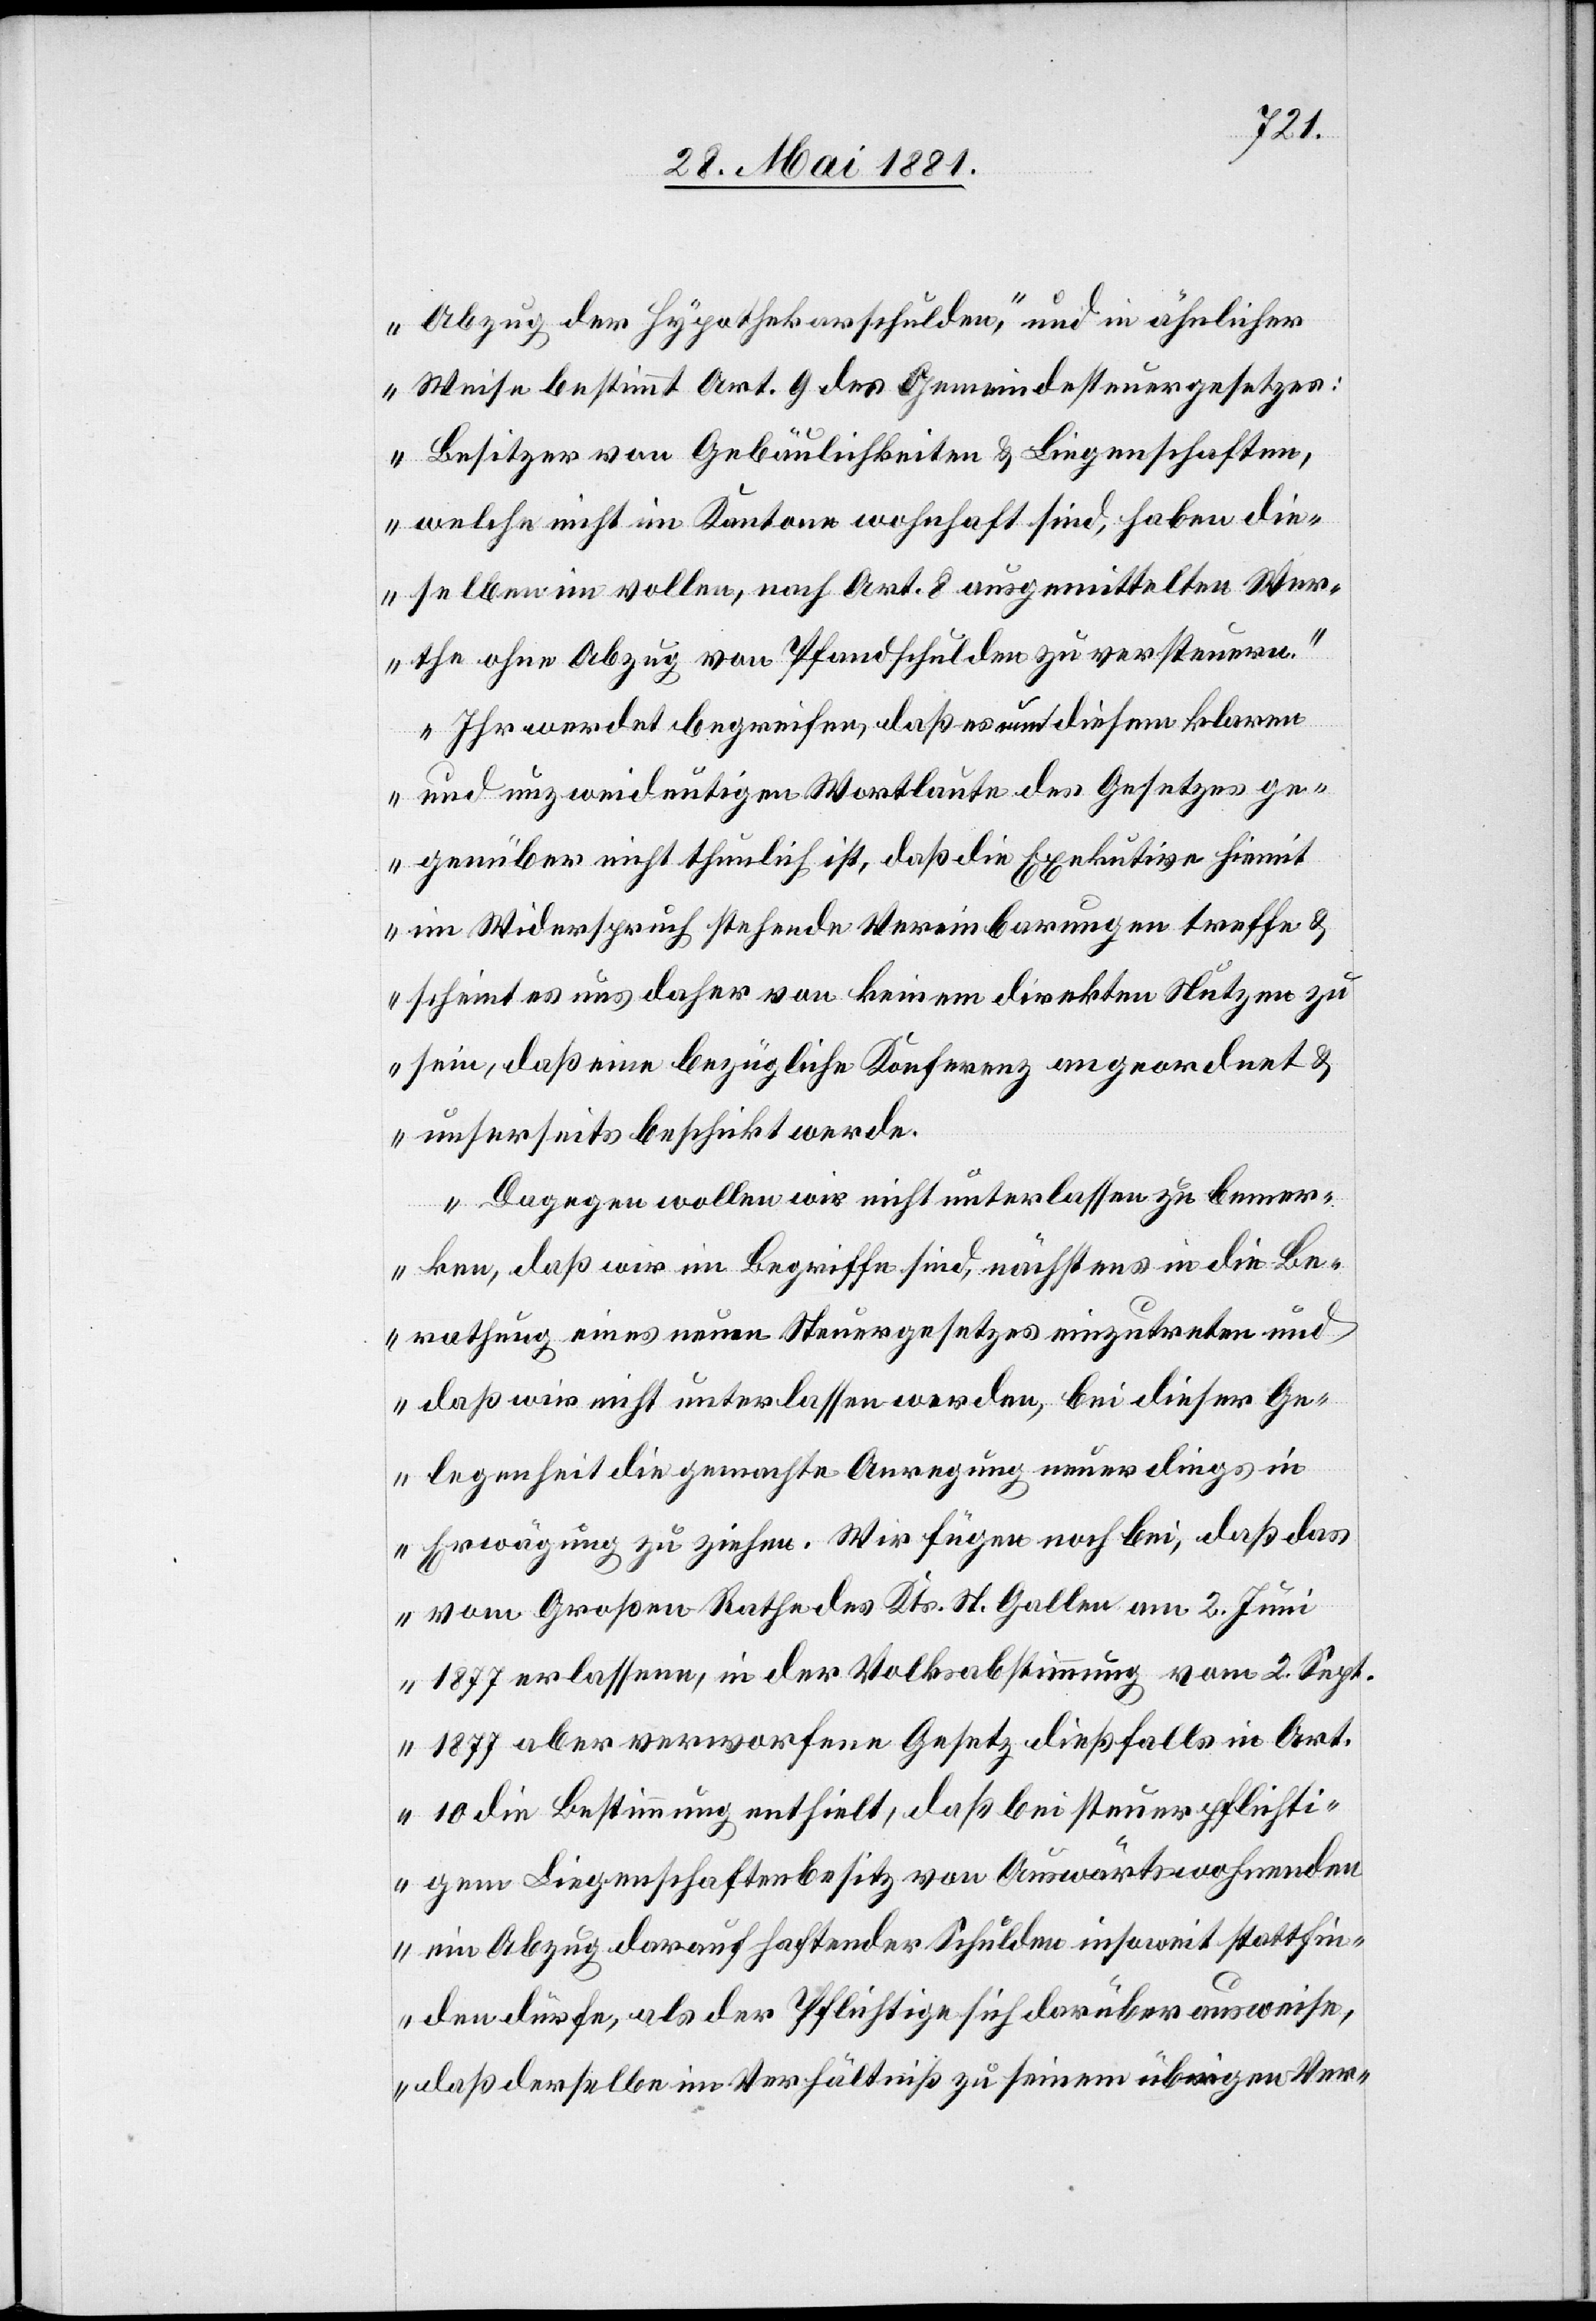
Abzug der Hypothekarschulden“, und in ähnlicher
Weise bestimmt Art. 9 des Gemeindesteuergesetzes:
Besitzer von Gebäulichkeiten & Liegenschaften,
welche nicht im Kantone wohnhaft sind, haben die¬
selben im vollen, nach Art. 8 ausgemittelten Wer¬
the ohne Abzug von Pfandschulden zu versteuern.
Ihr werdet begreifen, daß es nun diesem klaren
und unzweideutigen Wortlaute des Gesetzes ge¬
genüber nicht thunlich ist, daß die Exekutive hiemit
im Widerspruch stehende Vereinbarungen treffen &
scheint es uns daher von keinem direkten Nutzen zu
sein , daß eine bezügliche Konferenz angeordnet &
unserseits beschickt werde.
Dagegen wollen wir nicht unterlassen zu bemer¬
ken, daß wir im Begriffe sind, nächstens in die Be¬
rathung eines neuen Steuergesetzes einzutreten und
daß wir nicht unterlassen werden, bei dieser Ge¬
legenheit die gemachte Anregung neuerdings in
Erwägung zu ziehen. Wir fügen noch bei, daß das
vom Großen-Rathe des Kts. St. Gallen am 2. Juni
1877 aber verworfene Gesetz dießfalls in Art.
10 die Bestimmung enthielt, daß bei steuerpflichti¬
gen Liegenschaftenbesitz von Auswärtswohnenden
ein Abzug darauf haftender Schulden insoweit stattfin¬
den dürfe, als der Pflichtige sich darüber ausweise,
daß derselbe im Verhältniß zu seinem übrigen Ver-